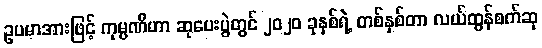
ဥပမာအားဖြင့် ကုမ္ပဏီဟာ ဆုပေးပွဲတွင် ၂၀၂၀ ခုနှစ်ရဲ့ တစ်နှစ်တာ လယ်ထွန်စက်ဆု